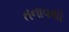
તનાવથી